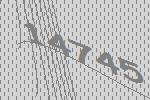
14745